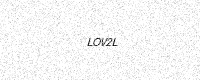
Text: LOV2L